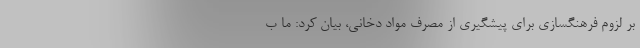
بر لزوم فرهنگسازی برای پیشگیری از مصرف مواد دخانی، بیان کرد: ما ب